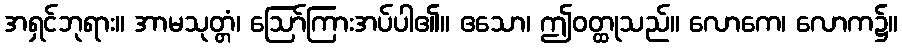
အရှင်ဘုရား။ အာမသုတ္တံ၊ ဩော်ကြားအပ်ပါ၏။ ဧသော၊ ဤဝတ္ထုသည်။ လောကေ၊ လောက၌။